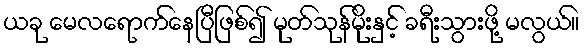
ယခု မေလရောက်နေပြီဖြစ်၍ မုတ်သုန်မိုးနှင့် ခရီးသွားဖို့ မလွယ်။